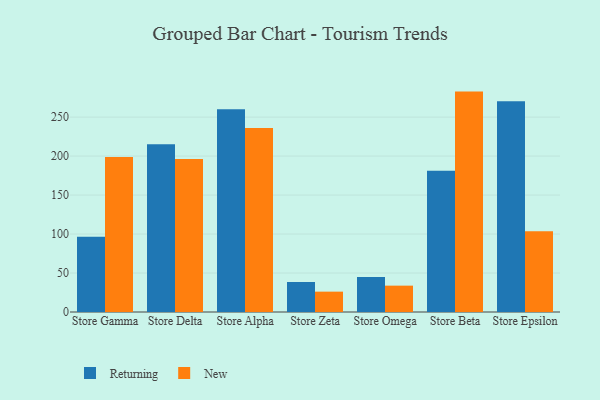
{"axis": {"x": "Store", "y": "Headcount"}, "legend": ["New", "Returning"], "data": [{"x": "Store Gamma", "y": 96.5, "type": "Returning"}, {"x": "Store Gamma", "y": 198.7, "type": "New"}, {"x": "Store Delta", "y": 215.2, "type": "Returning"}, {"x": "Store Delta", "y": 196.2, "type": "New"}, {"x": "Store Alpha", "y": 260.0, "type": "Returning"}, {"x": "Store Alpha", "y": 236.0, "type": "New"}, {"x": "Store Zeta", "y": 38.5, "type": "Returning"}, {"x": "Store Zeta", "y": 26.1, "type": "New"}, {"x": "Store Omega", "y": 44.9, "type": "Returning"}, {"x": "Store Omega", "y": 33.8, "type": "New"}, {"x": "Store Beta", "y": 181.1, "type": "Returning"}, {"x": "Store Beta", "y": 282.7, "type": "New"}, {"x": "Store Epsilon", "y": 270.3, "type": "Returning"}, {"x": "Store Epsilon", "y": 103.5, "type": "New"}]}